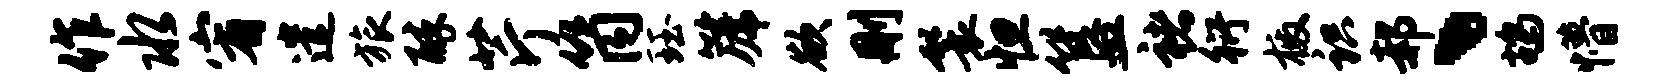
作水宥遣旅醉芹筒珏篪欲删鬟怛簋褚衍檄识郝、鸪懵